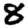
Digit: 8